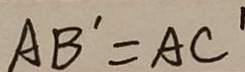
A B ^ { \prime } = A C ^ { \prime }